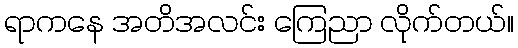
ရာကနေ အတိအလင်း ကြေညာ လိုက်တယ်။